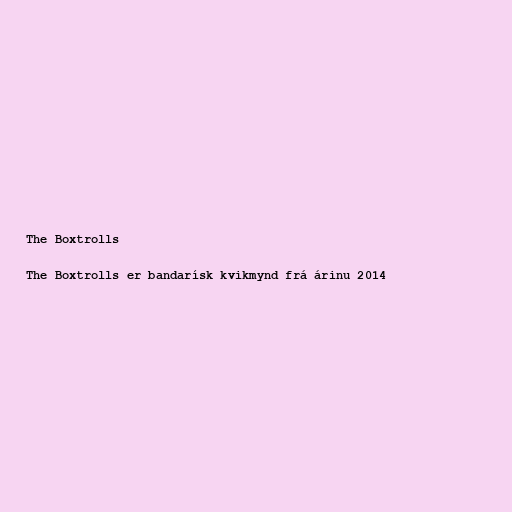
The Boxtrolls

The Boxtrolls er bandarísk kvikmynd frá árinu 2014